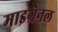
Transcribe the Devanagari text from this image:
माइग्रेनल